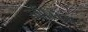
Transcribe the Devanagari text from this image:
स्वीम्मिंग